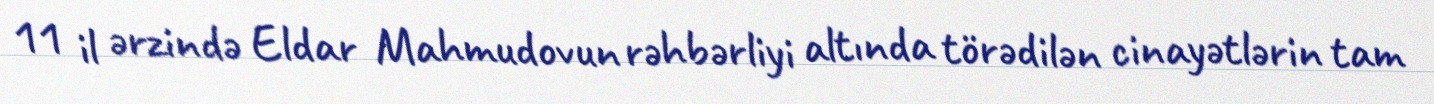
11 il ərzində Eldar Mahmudovun rəhbərliyi altında törədilən cinayətlərin tam